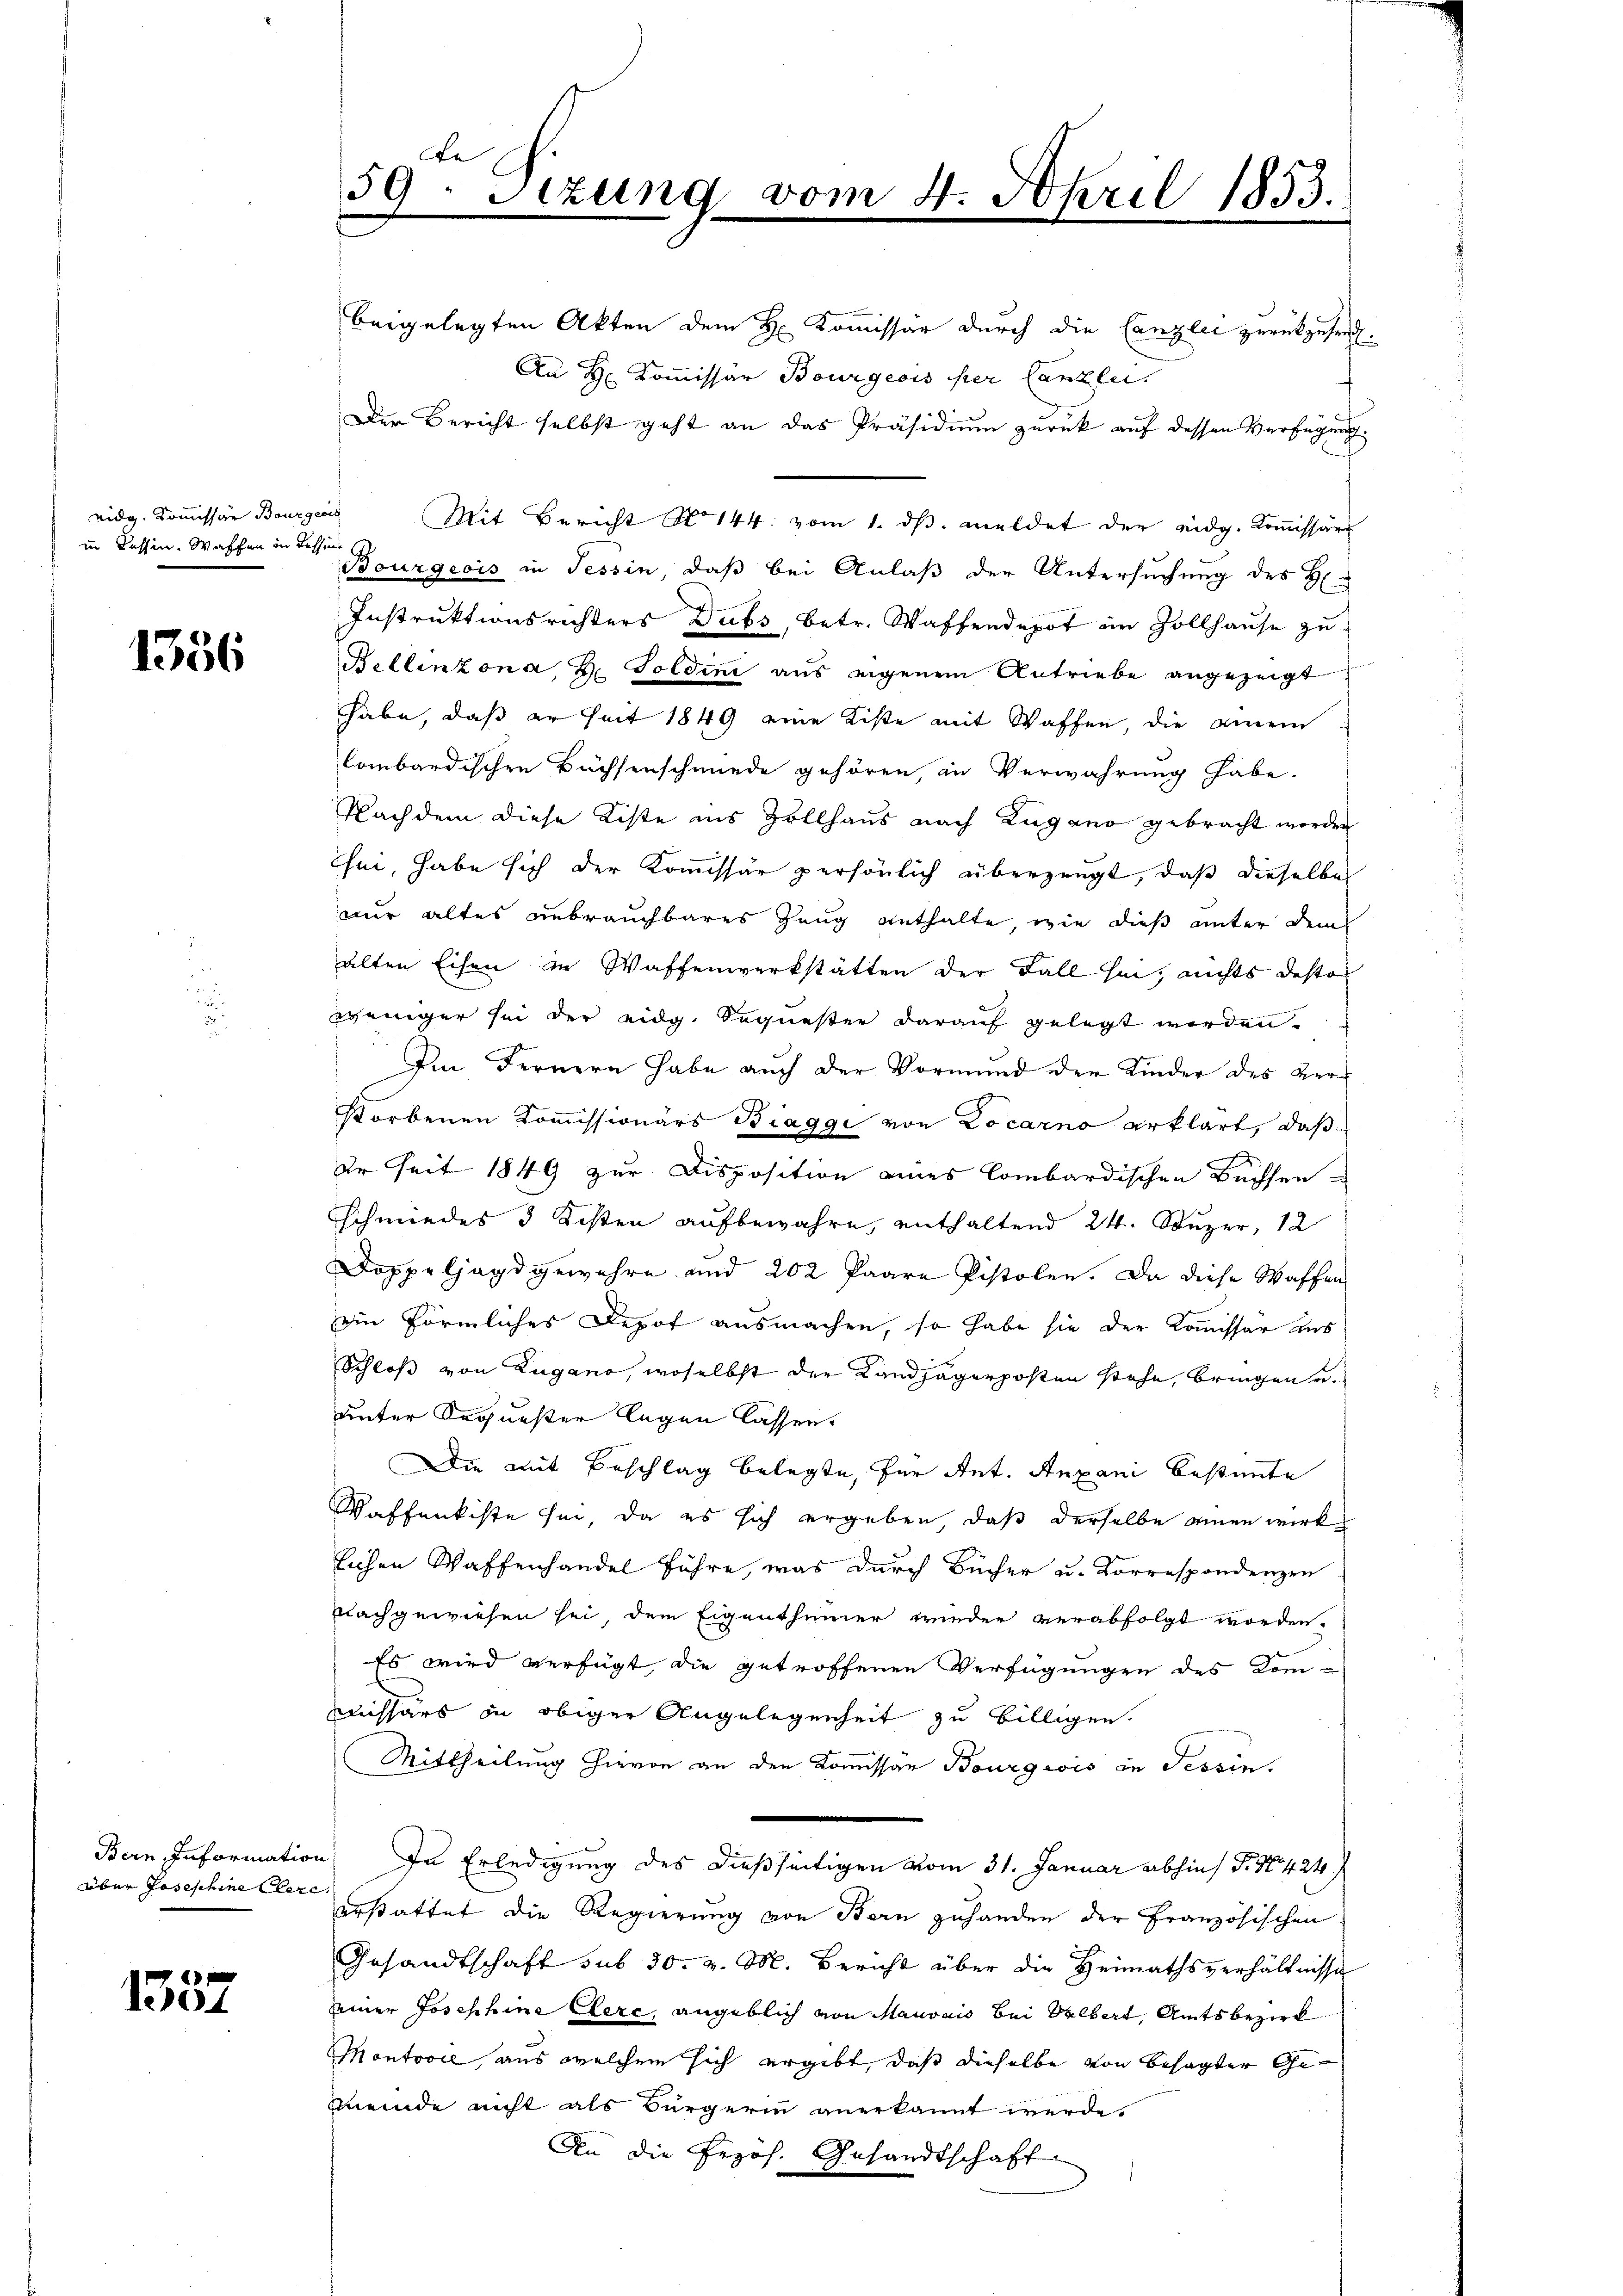
eidg. Kommissar Bourgerin
in Tessin. Waffen in Tessin

1356

über Josephine Clere

4
1301

59: Sitzung

vom 4. April 1853.

beigelegten Akten dem H. Kommissär durch die Canzlei zurückzusend.
An H. Kommissär Bourgeois per Canzlei.
Der Bericht selbst geht an das Präsidium zurück auf dessen Verfügung
Mit Bericht No 144. vom 1. ds. meldet der eidg. Kommissäre
Bourgeois in Tessin, daß bei Anlaß der Untersuchung des H
Instruktionsrichters Dubs, betr. Waffendepot in Zollhause zu
Bellinzona, H. Goldini aus eigenem Antriebe angezeigt
habe, daß er seit 1849 eine Kiste mit Waffen, die einem
Combardischen Büchsenschmiede gehören, in Verwahrung habe.
Nachdem diese Kiste ins Zollhaus nach Zugano gebracht worden
Thei, habe sich der Kommissär persönlich überzeugt, daß dieselbe
nur altes unbrauchbares Zeug enthalte, wie dieß unter dem
alten Eisen in Waffenwerkstätten der Fall sei, nichts desto
weniger sei der eidg. Sequester darauf gelegt worden.
Im Fernern habe auch der Vormund der Kinder des Verstorbenen Kommissionärs Biaggi von Locarno erklärt, daß
ur seit 1849 zur Disposition eines Combardischen Büchsen
schmiedes 3 Kosten aufbewahre, enthaltend 24. Stuzer, 12
Doppeljagdgewehre und 202 Paare Pistolen. Da diese Waffen
in förmliches Depot ausmachen, so habe sie der Kommissär ins
Schloß von Lugano, woselbst der Landjägerposten stehe, bringen u.
unter Sequester legen lassen.
Die mit Beschlag belegte, für Ant. Auxani bestimmte
Waffenkiste sei, da es sich ergeben, daß derselbe einen wirklichen Waffenhandel führe, was durch Bücher u. Korrespondenzen
nachgewiesen sei, dem Eigenthümer wieder verabfolgt worden.
Es wird verfügt, die getroffenen Verfügungen des Kom-
missärs in obiger Angelegenheit zu billigen.
Mittheilung hievon an den Kommissär Bourgeois in Tessin.
Bern Information. In Erledigung des dießseitigen vom 31. Januar abhin) S. 17424
erstattet die Regierung von Bern zuhanden der Französischen
Gesandtschaft sub 30. v. M. Bericht über die Heimathsverhältnisse
seiner Josephine Cere, angeblich von Mauvais bei Selbert, Amtsbezirk
Montooie, aus welchem sich ergibt, daß dieselbe von besagter Ge¬
Mmeinde nicht als Bürgerin anerkannt werde.
An die froh. Gesandtschaft